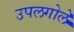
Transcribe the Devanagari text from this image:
उपलगोले